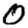
Digit: 0